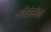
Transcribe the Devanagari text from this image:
फ्लैवोनाॅइड